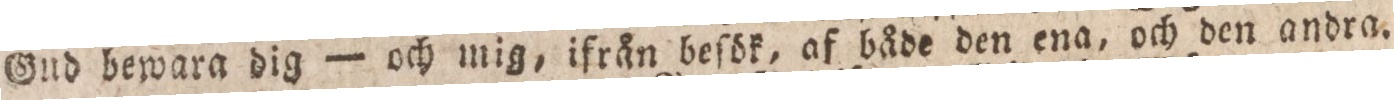
Gud bewara dig — och mig, ifrån beſök, af både den ena, och den andra.